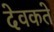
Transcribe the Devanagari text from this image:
देवकते